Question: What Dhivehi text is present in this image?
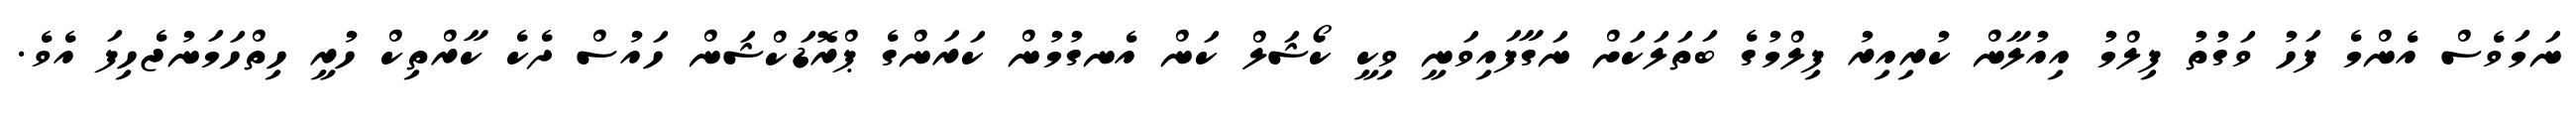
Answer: ނަމަވެސް އެންމެ ފަހު ވަގުތު ފިލްމު އިއުލާން ކުރިއިރު ފިލްމުގެ ބަތަލަކަށް ނަގާފައިވަނީ ވިކީ ކޯޝަލް ކަން އެނގުމުން ކަރަންގެ ޕްރޮޑަކްޝަން ހައުސް ދެކެ ކާރްތިކް ހުރީ ހިތްހަމަނުޖެހިފަ އެވެ.